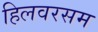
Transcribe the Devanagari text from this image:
हिलवरसम